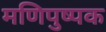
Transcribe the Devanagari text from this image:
मणिपुष्पक